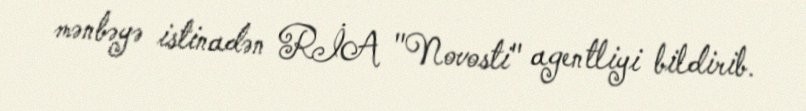
mənbəyə istinadən RİA "Novosti" agentliyi bildirib.